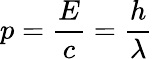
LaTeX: p={\frac{E}{c}}={\frac{h}{\lambda}}